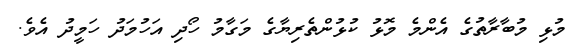
މުޅި މުބާރާތުގެ އެންމެ މޮޅު ކުޅުންތެރިޔާގެ މަގާމު ހޯދި އަހުމަދު ހަމީދު އެވެ.